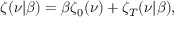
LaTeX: \zeta ( \nu | \beta ) = \beta \zeta _ { 0 } ( \nu ) + \zeta _ { T } ( \nu | \beta ) ,